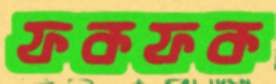
ফকফক